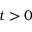
t > 0